Lunatic asylums Central Provinces reports 1874-1885 - 1874-1885
Year: 1874
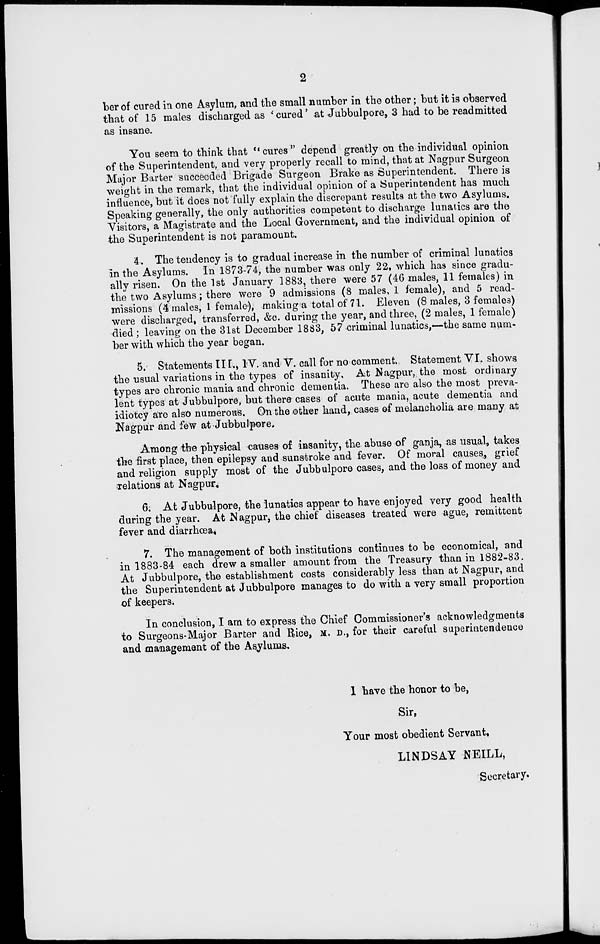
2
ber of cured in one Asylum, and the small number in the other; but it is observed
that of 15 males discharged as 'cured' at Jubbulpore, 3 had to be readmitted
as insane.
You seem to think that '' cures " depend greatly on the individual opinion
of the Superintendent, and very properly recall to mind, that at Nagpur Surgeon
Major Barter succeoded Brigade Surgeon Brake as Superintendent. There is
weight in the remark, that the individual opinion of a Superintendent has much
influence, but it does not fully explain the discrepant results at the two Asylums.
Speaking generally. the only authorities competent to discharge lunatics are the
Visitors, a Magistrate and the Local Government, and the individual opinion of
the Superintendent is not paramount.
4. The tendency is to gradual increase in the number of criminal lunatics
in the Asylums. In 1873-74, the number was only 22, which has since gradu-
ally risen. On the 1st January 1883, there were 57 (46 males, 11 females) in
the two Asylums; there were 9 admissions (8 males, 1 female), and 5 read-
missions (4 males, 1 female), making a total of 71. Eleven (8 males, 3 females)
were discharged, transferred, &c. during the year, and three, (2 males, 1 female)
died ; leaving on the 31st December 1883, 57 criminal lunatics,—the same num-
ber with which the year began.
5. Statements III., IV. and V. call for no comment. Statement VI. shows
the usual variations in the types of insanity. At Nagpur, the most ordinary
types are chronic mania and chronic dementia. These are also the most preva-
lent types at Jubbulpore, but there cases of acute mania, acute dementia and
idiotcy are also numerous. On the other hand, cases of melancholia are many at
Nagpur and few at Jubbulpore.
Among the physical causes of insanity, the abuse of ganja, as usual, takes
the first place, then epilepsy and sunstroke and fever. Of moral causes, grief
and religion supply most of the Jubbulpore cases, and the loss of money and
relations at Nagpur.
6. At Jubbulpore, the lunatics appear to have enjoyed very good health
during the year. At Nagpur, the chief diseases treated were ague, remittent
fever and diarrhœa.
7. The management of both institutions continues to be economical, and
in 1883-84 each drew a smaller amount from the Treasury than in 1882-83.
At Jubbulpore, the establishment costs considerably less than at Nagpur, and
the Superintendent at Jubbulpore manages to do with a very small proportion
of keepers.
In conclusion, I am to express the Chief Commissioner's acknowledgments
to Surgeons-Major Barter and Rice, M. D., for their careful superintendence
and management of the Asylums.
I have the honor to be,
Sir,
Your most obedient Servant.
LINDSAY NEILL,
Secretary.